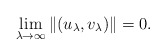
\begin{align*}\lim_{\lambda \to \infty}\|(u_{\lambda}, v_{\lambda})\|=0.\end{align*}